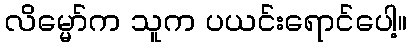
လိမ္မော်က သူက ပယင်းရောင်ပေါ့။